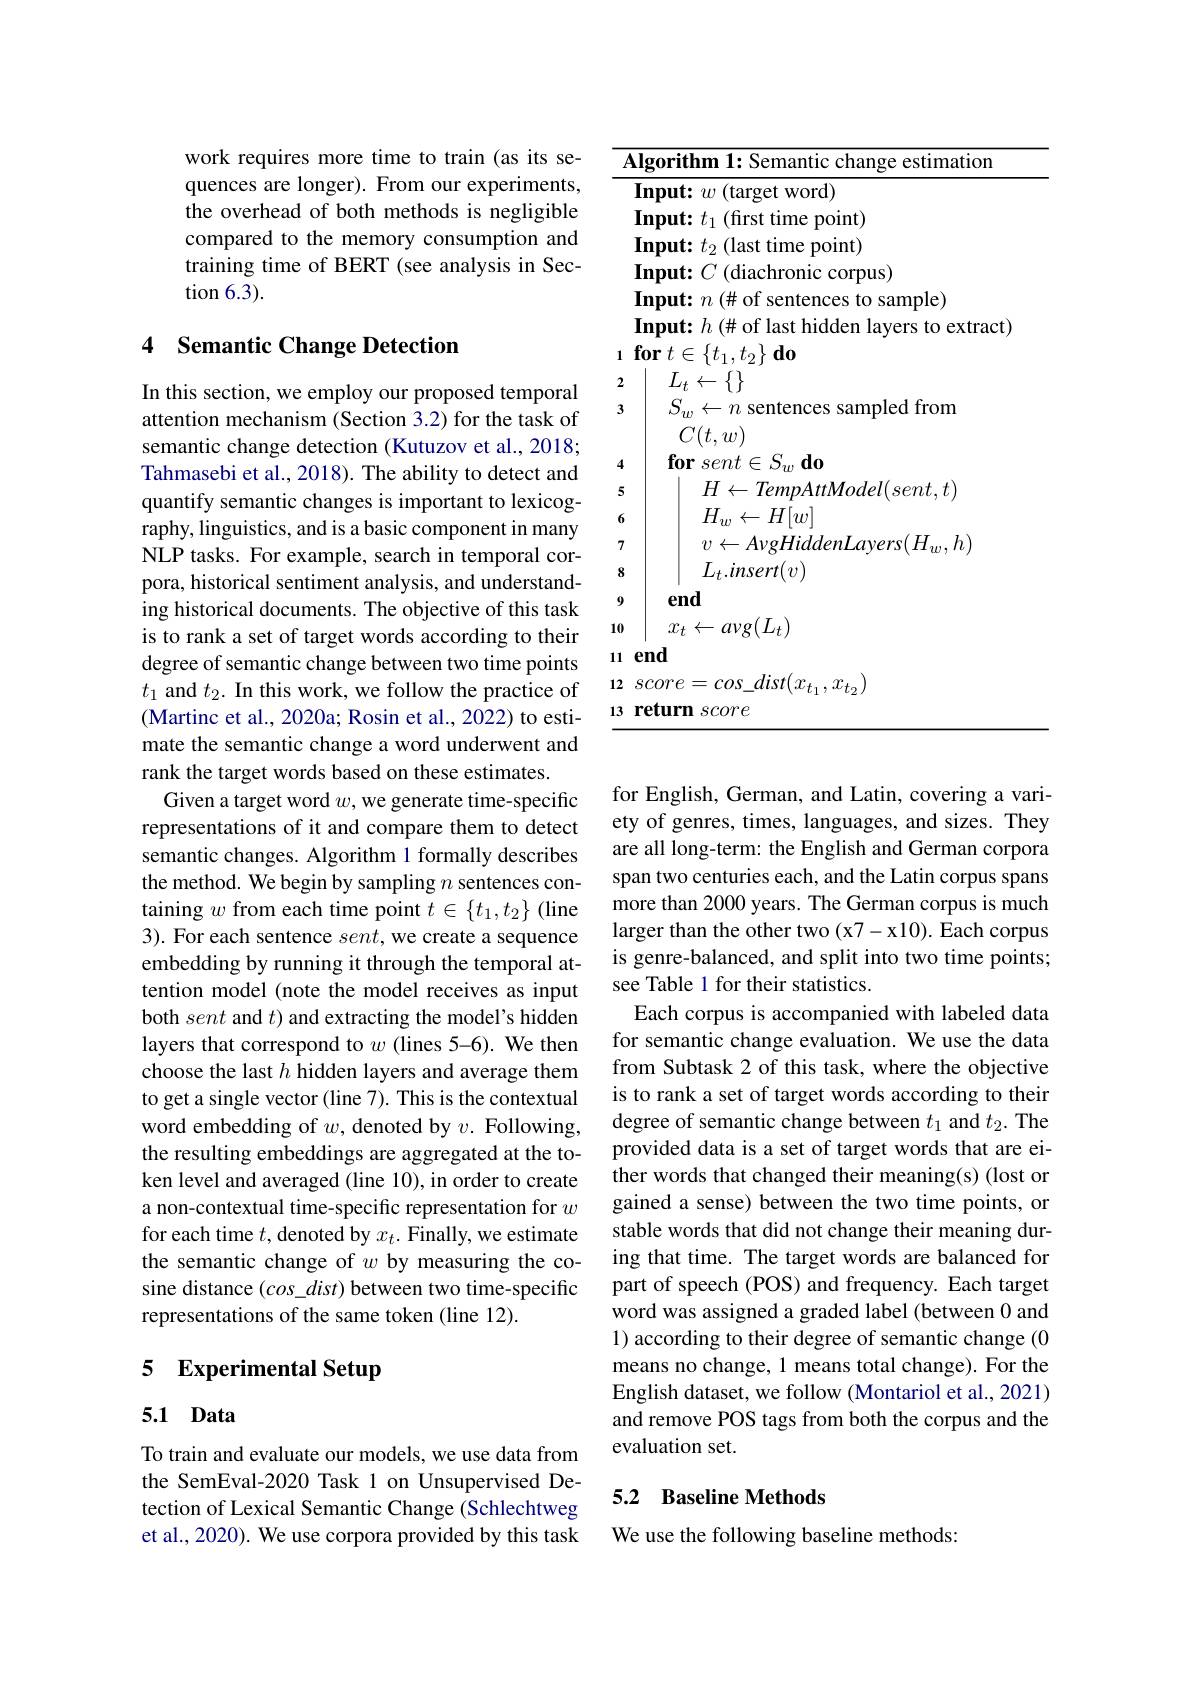
work requires more time to train (as its sequences are longer). From our experiments, the overhead of both methods is negligible compared to the memory consumption and training time of BERT (see analysis in Section 6.3).

### 4 Semantic Change Detection

In this section, we employ our proposed temporal attention mechanism (Section 3.2) for the task of semantic change detection (Kutuzov et al., 2018; Tahmasebi et al., 2018). The ability to detect and quantify semantic changes is important to lexicography, linguistics, and is a basic component in many NLP tasks. For example, search in temporal corpora, historical sentiment analysis, and understanding historical documents. The objective of this task is to rank a set of target words according to their degree of semantic change between two time points $t_1$ and $t_2.$ In this work, we follow the practice of (Martinc et al., 2020a; Rosin et al., 2022) to estimate the semantic change a word underwent and rank the target words based on these estimates.
Given a target word $w$, we generate time-specific representations of it and compare them to detect semantic changes. Algorithm 1 formally describes the method. We begin by sampling $n$ sentences containing $w$ from each time point $t\in\{t_1,t_2\}$ (line 3). For each sentence sent, we create a sequence embedding by running it through the temporal attention model (note the model receives as input both sent and $t$ and extracting the model's hidden layers that correspond to $w$ (lines 5-6). We then choose the last $h$ hidden layers and average them to get a single vector (line 7). This is the contextual word embedding of $w$, denoted by $v.$ Following, the resulting embeddings are aggregated at the token level and averaged (line 10), in order to create a non-contextual time-specific representation for $w$ for each time $t$,denoted by $x_t.$ Finally, we estimate the semantic change of $w$ by measuring the cosine distance $(cos\_dist)$ between two time-specific representations of the same token (line 12).

# 5 Experimental Setup

## 5.1 Data

To train and evaluate our models, we use data from the SemEval-2020 Task 1 on Unsupervised Detection of Lexical Semantic Change (Schlechtweg et al., 2020). We use corpora provided by this task

<table>
	<tbody>
		<tr>
			<td>$\measuredangle$</td>
			<td>$\mathbf{Algorithm~1:Semantic~change~estimation}$</td>
		</tr>
		<tr>
			<td> </td>
			<td>$\textbf{Input: }w\left ( \mathrm{target~word}\right )$</td>
		</tr>
		<tr>
			<td> </td>
			<td>$\textbf{Input: }t_{1}$(first time point)</td>
		</tr>
		<tr>
			<td> </td>
			<td>$\textbf{Input: }t_{2}\left ( \text{last time point}\right )$</td>
		</tr>
		<tr>
			<td> </td>
			<td>$\textbf{Input: }C$ (diachronic corpus)</td>
		</tr>
		<tr>
			<td> </td>
			<td>Input: $n$ (# of sentences to sample)</td>
		</tr>
		<tr>
			<td>1</td>
			<td>$\textbf{for}t\in \{ t_{1}, t_{2}\} \textbf{do}$</td>
		</tr>
		<tr>
			<td>2</td>
			<td>$L_{t}\leftarrow\{\}$</td>
		</tr>
		<tr>
			<td>3</td>
			<td>$S_{w}\leftarrow n$ sentences sampled from</td>
		</tr>
		<tr>
			<td>4</td>
			<td>$\textbf{for}sent\in S_{w}\textbf{do}$</td>
		</tr>
		<tr>
			<td>5</td>
			<td>$H\leftarrow TempAttModel(sent,t)$</td>
		</tr>
		<tr>
			<td>6</td>
			<td>$H_{w}\leftarrow H[w]$</td>
		</tr>
		<tr>
			<td>7</td>
			<td>$v\leftarrow A\nu gHiddenLavers(H_{w},h)$</td>
		</tr>
		<tr>
			<td>8</td>
			<td>$L_{t}.insert(v)$</td>
		</tr>
		<tr>
			<td>9</td>
			<td>end</td>
		</tr>
		<tr>
			<td>$\lfloor0$</td>
			<td>$x_{t}\leftarrow a\nu g(L_{t})$</td>
		</tr>
		<tr>
			<td>1</td>
			<td>end</td>
		</tr>
		<tr>
			<td>2</td>
			<td>$score= cos$ $dist( x_{t_{1}}$,</td>
		</tr>
		<tr>
			<td>.3</td>
			<td>return score</td>
		</tr>
	</tbody>
</table>

for English, German, and Latin, covering a variety of genres, times, languages, and sizes. They are all long-term: the English and German corpora span two centuries each, and the Latin corpus spans more than 2000 years. The German corpus is much larger than the other two (x7-x10). Each corpus is genre-balanced, and split into two time points; see Table 1 for their statistics.
Each corpus is accompanied with labeled data for semantic change evaluation. We use the data from Subtask 2 of this task, where the objective is to rank a set of target words according to their degree of semantic change between $t_1$ and $t_2.$ The provided data is a set of target words that are either words that changed their meaning(s) (lost or gained a sense) between the two time points, or stable words that did not change their meaning during that time. The target words are balanced for part of speech (POS) and frequency. Each target word was assigned a graded label (between 0 and 1) according to their degree of semantic change (0 means no change, 1 means total change). For the English dataset, we follow (Montariol et al., 2021) and remove POS tags from both the corpus and the evaluation set.

## 5.2 Baseline Methods

We use the following baseline methods: